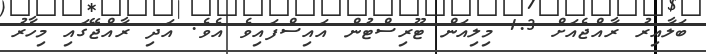
ބަލާއިރު ރާއްޖެއަށް 1.3 މިލިއަން ޓޫރިސްޓުން އައިސްފައިވެ އެވެ. އަދި ރާއްޖޭގައި މިހާރު